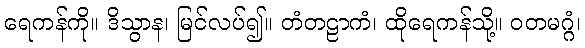
ရေကန်ကို။ ဒိသွာန၊ မြင်လပ်၍။ တံတဠာကံ၊ ထိုရေကန်သို့။ ဝတမဂ္ဂံ၊